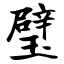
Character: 璧